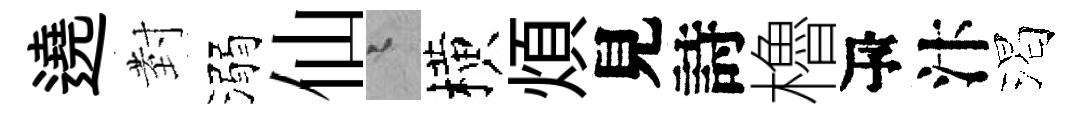
遶𭔹溺仙迢横煩見詩櫓瓴汴渴